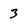
Character: 3